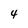
Character: 4